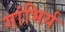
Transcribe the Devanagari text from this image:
गांभिर्य